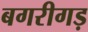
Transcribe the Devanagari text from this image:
बगरीगड़